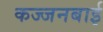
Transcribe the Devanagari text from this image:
कज्जनबाई